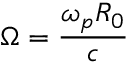
\Omega = \frac { \omega _ { p } R _ { 0 } } { c }